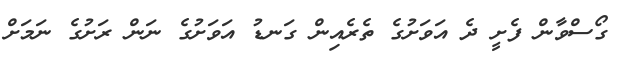
ގޯސްވާން ފެށީ ދެ އަވަށުގެ ތެރެއިން ގަނޑު އަވަށުގެ ނަން ރަށުގެ ނަމަށް